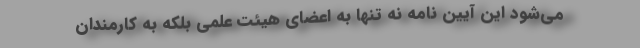
می‌‌شود این آیین نامه نه تنها به اعضای هیئت علمی بلکه به کارمندان